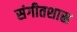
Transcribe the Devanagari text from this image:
संगीतशास्र